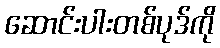
ဆောင်းပါးတစ်ပုဒ်ကို